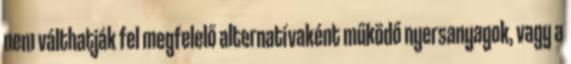
nem válthatják fel megfelelő alternatívaként működő nyersanyagok, vagy a